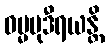
ဓမ္မမုဒီရယန္တိ